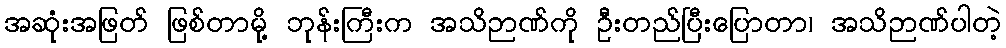
အဆုံးအဖြတ် ဖြစ်တာမို့ ဘုန်းကြီးက အသိဉာဏ်ကို ဦးတည်ပြီးပြောတာ၊ အသိဉာဏ်ပါတဲ့